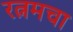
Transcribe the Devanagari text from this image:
रत्नमचा